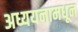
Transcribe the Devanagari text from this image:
अध्ययनामधून